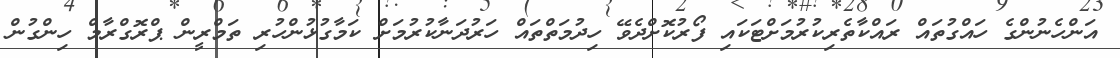
އަންހެނުންގެ ހައްގުތައް ރައްކާތެރިކުރުމަށްޓަކައި ފޯރުކޮށްދެވޭ ހިދުމަތްތައް ހަރުދަނާކުރުމަށް ކަމާގުޅުންހުރި ތަމްރީން ޕްރޮގްރާމް ހިންގުން